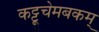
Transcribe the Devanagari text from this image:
कट्टूचेमबकम्